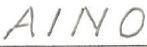
AINO